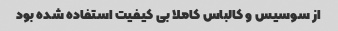
از سوسیس و کالباس کاملا بى کیفیت استفاده شده بود